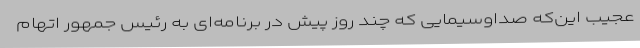
عجیب این‌که صداوسیمایی که چند روز پیش در برنامه‌ای به رئیس جمهور اتهام